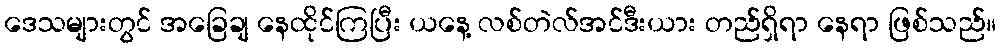
ဒေသများတွင် အခြေချ နေထိုင်ကြပြီး ယနေ့ လစ်တဲလ်အင်ဒီးယား တည်ရှိရာ နေရာ ဖြစ်သည်။